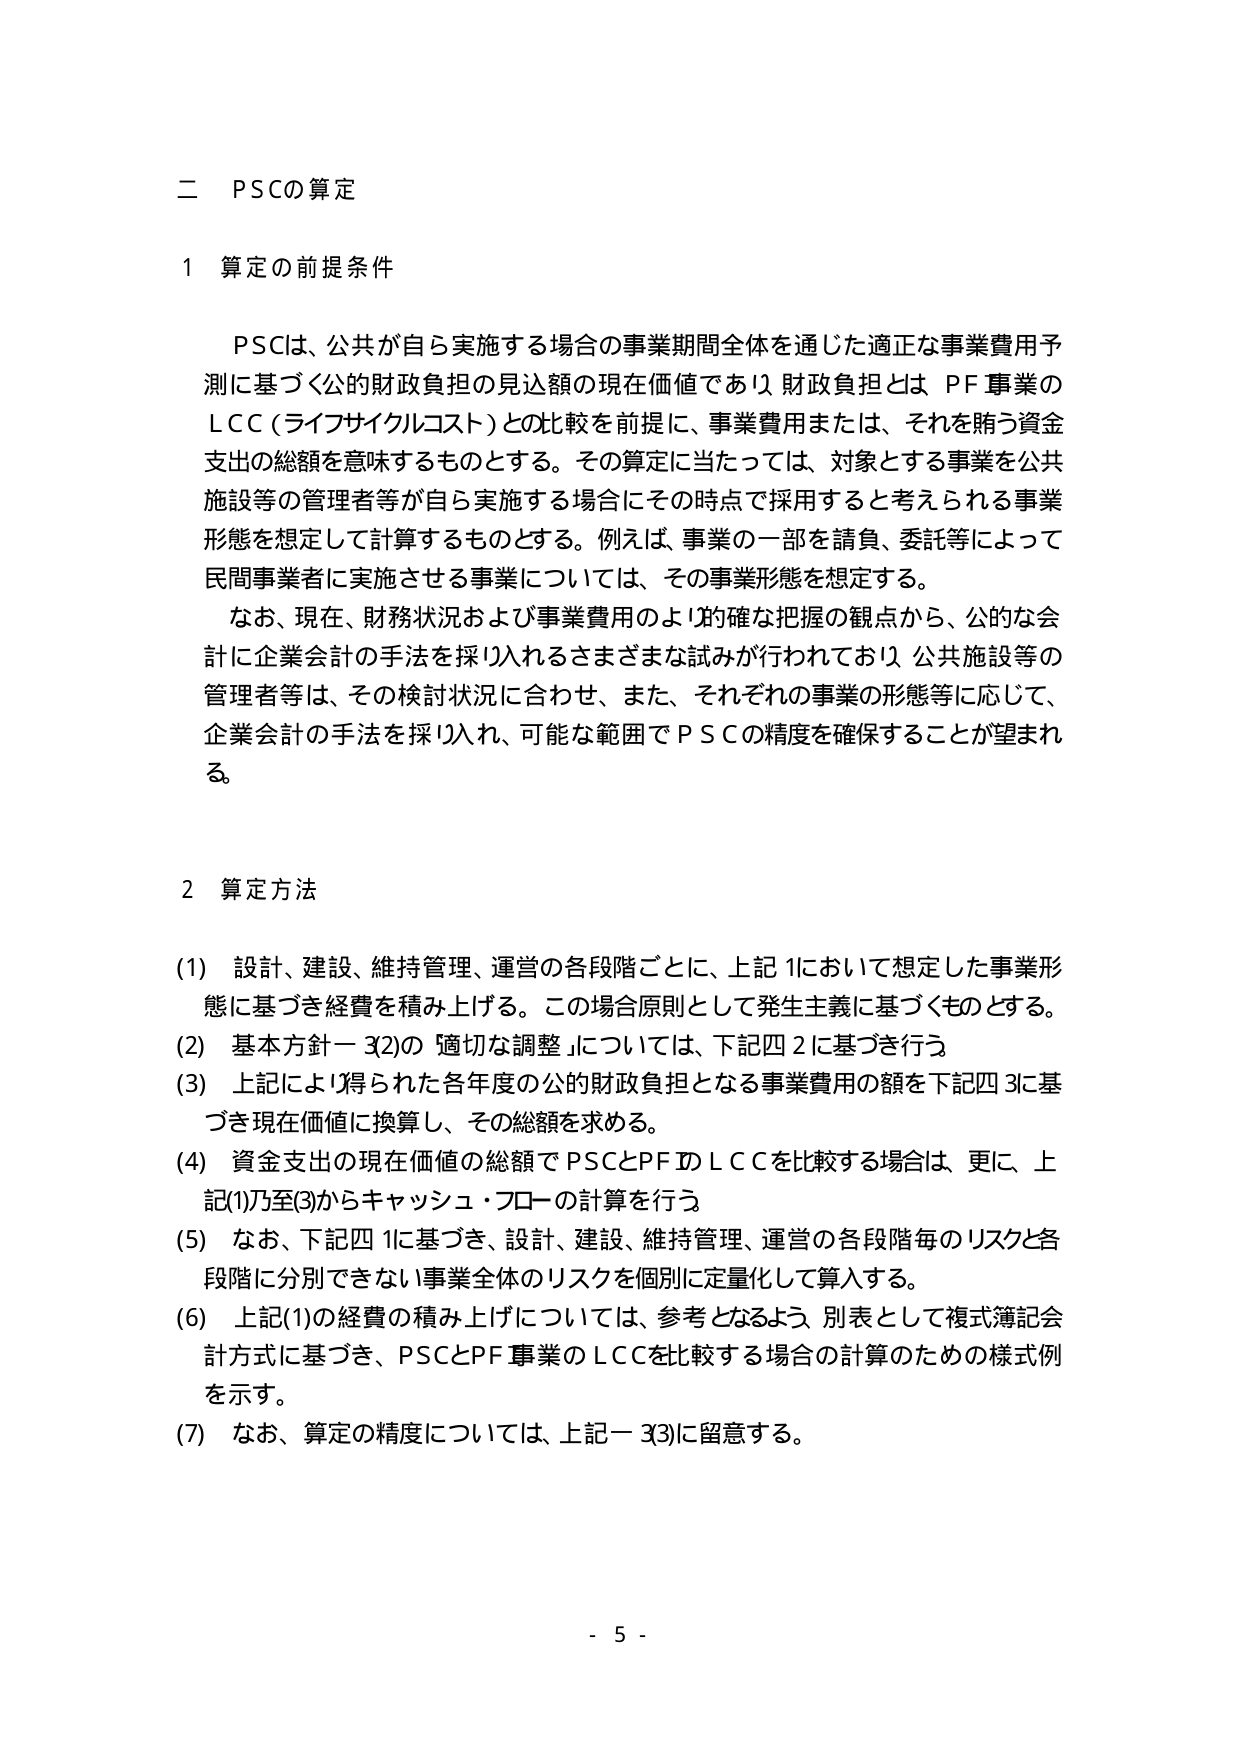
二 PSCの算定

1 算定の前提条件

PSCは、公共が自ら実施する場合の事業期間全体を通じた適正な事業費用予測に基づく公的財政負担の見込額の現在価値であり、財政負担とは PF事業のLCC（ライフサイクルコスト）との比較を前提に、事業費用または、それを賄う資金支出の総額を意味するものとする。その算定に当たっては、対象とする事業を公共施設等の管理者等が自ら実施する場合にその時点で採用すると考えられる事業形態を想定して計算するものとする。例えば、事業の一部を請負、委託等によって民間事業者に実施させる事業については、その事業形態を想定する。

なお、現在、財務状況および事業費用のより的確な把握の観点から、公的な会計に企業会計の手法を採り入れるさまざまな試みが行われており、公共施設等の管理者等は、その検討状況に合わせ、また、それぞれの事業の形態等に応じて、企業会計の手法を採り入れ、可能な範囲でPSCの精度を確保することが望まれる。

2 算定方法

(1) 設計、建設、維持管理、運営の各段階ごとに、上記1において想定した事業形態に基づき経費を積み上げる。この場合原則として発生主義に基づくものとする。

(2) 基本方針－3(2)の「適切な調整」については、下記四2に基づき行う。

(3) 上記により得られた各年度の公的財政負担となる事業費用の額を下記四3に基づき現在価値に換算し、その総額を求める。

(4) 資金支出の現在価値の総額でPSCとPFのLCCを比較する場合は、更に、上記(1)乃至(3)からキャッシュ・フローの計算を行う。

(5) なお、下記四1に基づき、設計、建設、維持管理、運営の各段階毎のリスクと各段階に分別できない事業全体のリスクを個別に定量化して算入する。

(6) 上記(1)の経費の積み上げについては、参考となるよう、別表として複式簿記会計方式に基づき、PSCとPF事業のLCCを比較する場合の計算のための様式例を示す。

(7) なお、算定の精度については、上記－3(3)に留意する。

- 5 -